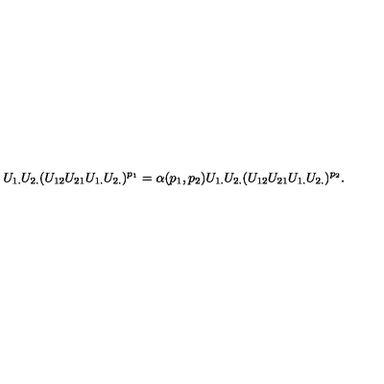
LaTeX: U _ { 1 . } U _ { 2 . } ( U _ { 1 2 } U _ { 2 1 } U _ { 1 . } U _ { 2 . } ) ^ { p _ { 1 } } = \alpha ( p _ { 1 } , p _ { 2 } ) U _ { 1 . } U _ { 2 . } ( U _ { 1 2 } U _ { 2 1 } U _ { 1 . } U _ { 2 . } ) ^ { p _ { 2 } } .